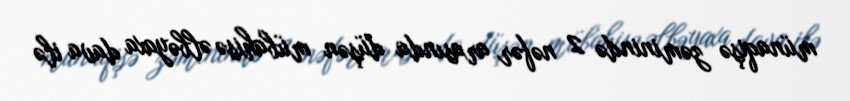
münaqişə zəminində 2 nəfər arasında düşən mübahisə əlbəyaxa dava ilə